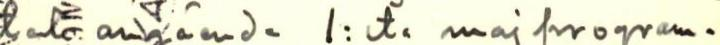
tala angående 1:sta maj program-